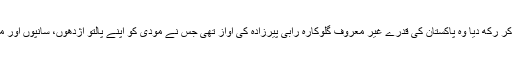
لیکن جس آواز نے بھارت کے درودیوار ہلادئیے، انڈین فوج اور بھارتی میڈیا کو لرزا کر رکھ دیا وہ پاکستان کی قدرے غیر معروف گلوکارہ رابی پیرزادہ کی آواز تھی جس نے مودی کو اپنے پالتو اژدھوں، سانپوں اور مگرمچھوں سے ایسا ڈرایا کہ مودی سمیت پورے بھارتی میڈیا کے پسینے چُھڑوادئیے۔